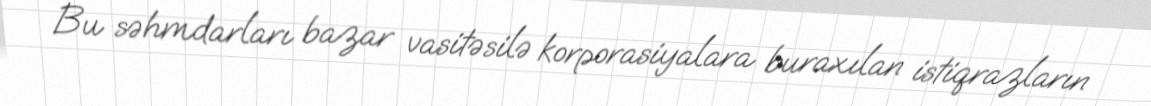
Bu səhmdarları bazar vasitəsilə korporasiyalara buraxılan istiqrazların